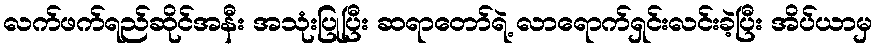
လက်ဖက်ရည်ဆိုင်အနီး အသုံးပြုပြီး ဆရာတော်ရဲ့ လာရောက်ရှင်းလင်းခဲ့ပြီး အိပ်ယာမှ